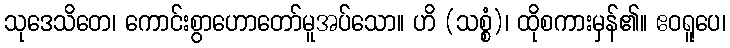
သုဒေသိတေ၊ ကောင်းစွာဟောတော်မူအပ်သော။ ဟိ (သစ္စံ)၊ ထိုစကားမှန်၏။ ဧဝရူပေ၊